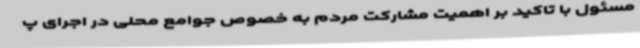
مسئول با تاکید بر اهمیت مشارکت مردم به خصوص جوامع محلی در اجرای پ